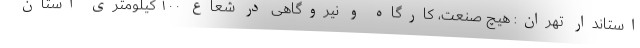
استاندار تهران: هیچ صنعت، کارگاه و نیروگاهی در شعاع ۱۰۰ کیلومتری استان